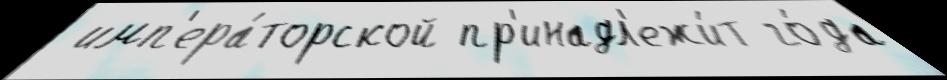
 имп'ера́торской пр'инадл'ежи́т го́да